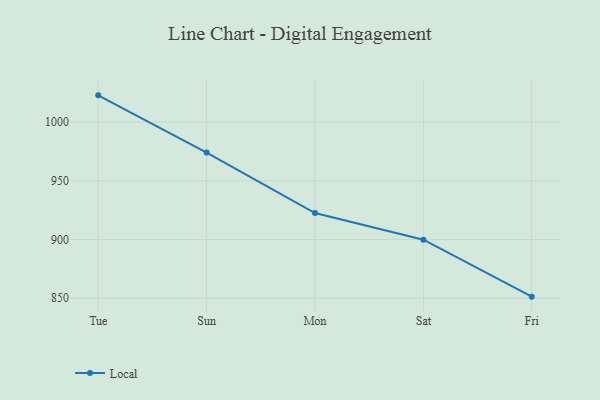
{"axis": {"x": "Day", "y": "LTV (USD)"}, "legend": ["Local"], "data": [{"x": "Tue", "y": 1022.8, "type": "Local"}, {"x": "Sun", "y": 974.1, "type": "Local"}, {"x": "Mon", "y": 922.6, "type": "Local"}, {"x": "Sat", "y": 899.9, "type": "Local"}, {"x": "Fri", "y": 851.4, "type": "Local"}]}